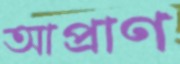
আপ্রাণ